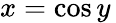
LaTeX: x=\cos y\,